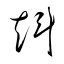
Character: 﨣